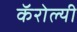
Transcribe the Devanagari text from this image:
कॅरोल्यी